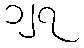
၁၂၇